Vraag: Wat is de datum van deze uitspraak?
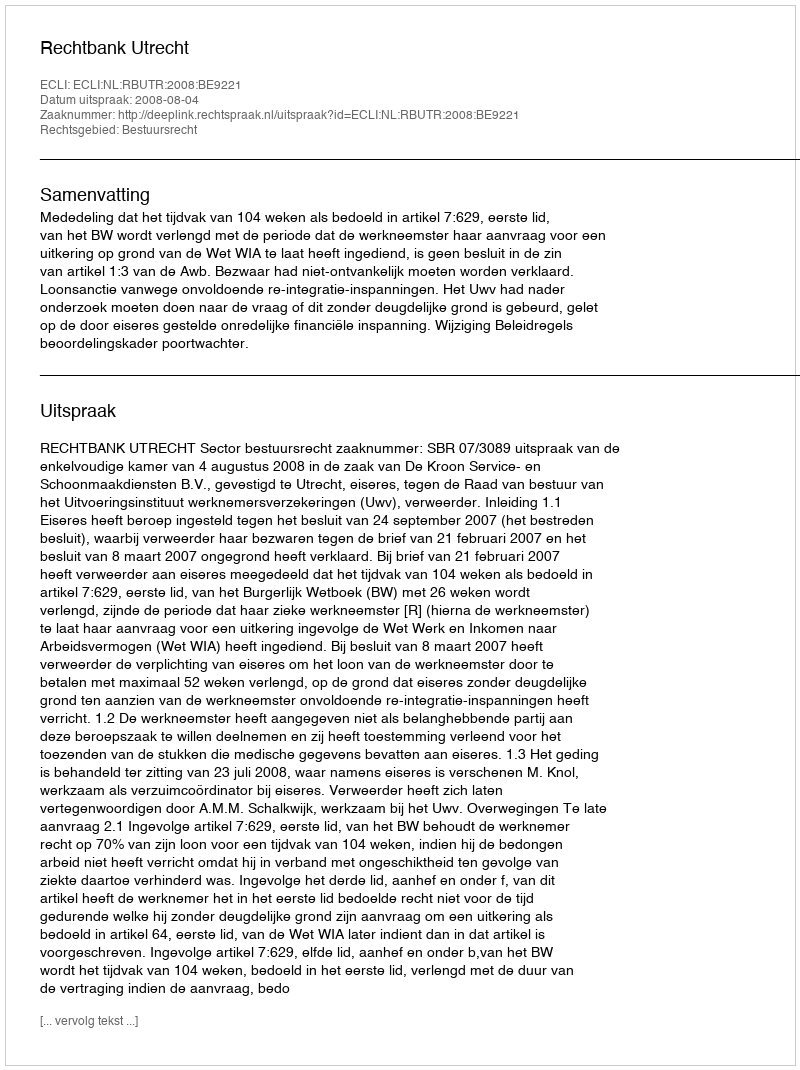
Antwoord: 2008-08-04